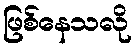
ဖြစ်နေသလို